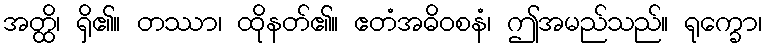
အတ္ထိ၊ ရှိ၏။ တဿာ၊ ထိုနတ်၏။ ဧတံအဓိဝစနံ၊ ဤအမည်သည်။ ရုက္ခော၊